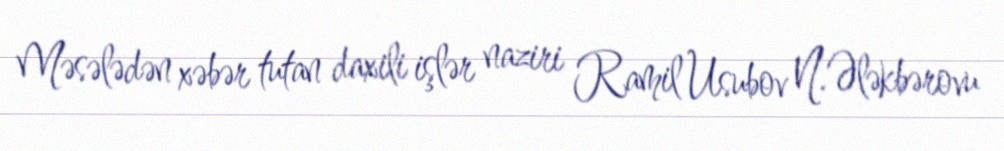
Məsələdən xəbər tutan daxili işlər naziri Ramil Usubov N.Ələkbərovu